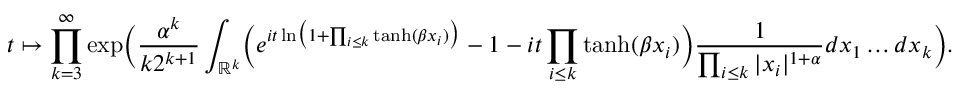
t \mapsto \prod _ { k = 3 } ^ { \infty } \exp \Bigl ( \frac { \alpha ^ { k } } { k 2 ^ { k + 1 } } \int _ { \mathbb R ^ { k } } \Bigl ( e ^ { i t \ln \bigl ( 1 + \prod _ { i \leq k } \operatorname { t a n h } ( \beta x _ { i } ) \bigr ) } - 1 - i t \prod _ { i \leq k } \operatorname { t a n h } ( \beta x _ { i } ) \Bigr ) \frac { 1 } { \prod _ { i \leq k } | x _ { i } | ^ { 1 + \alpha } } d x _ { 1 } \dots d x _ { k } \Bigr ) .